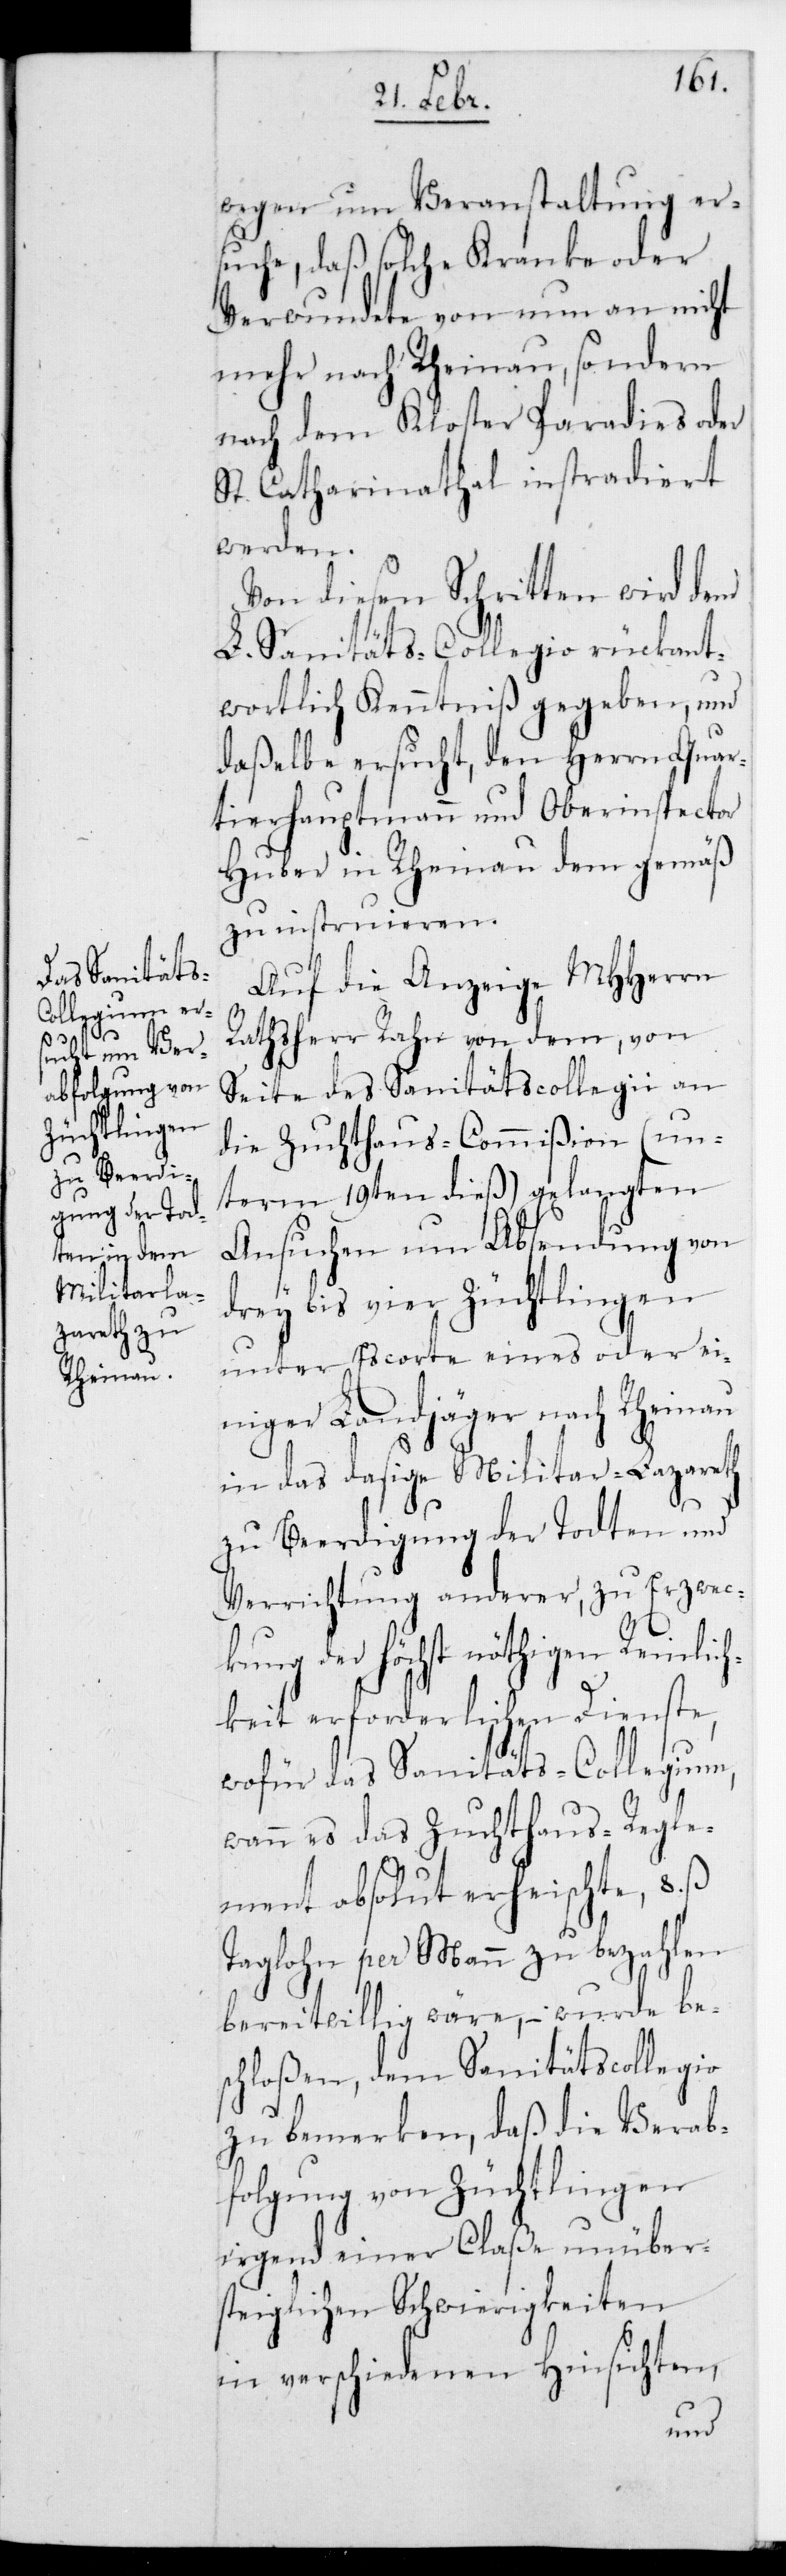
wegen um Veranstaltung ers¬
uche, daß solche Kranke oder
Verwundete von nun an nicht
mehr nach Rheinau, sondern
nach dem Kloster Paradies oder
St. Catharinathal instradiert
werden.
Von diesen Schritten wird dem
L. Sanitäts-Collegio rückant¬
wortlich Kenntniß gegeben, und
daßelbe ersucht, den Herrn Quar¬
tierhauptmann und Oberinspector
Huber in Rheinau demgemäß
zu instruieren.
Auf die Anzeige MHHerrn
Rathsherr Rahn von dem, von
Seite des Sanitätscollegii an
die Zuchthaus-Commißion (un¬
term 19ten dieß) gelangten
Ansuchen um Absendung von
drey bis vier Züchtlingen
unter Escorte eines oder ei¬
niger Landjäger nach Rheinau
in das dasige Militar-Lazareth
zu Beerdigung der Todten und
Verrichtung anderer, zu Erzweck¬
ung der höchst nöthigen Reinlic¬
hkeit erforderlichen Dienste,
wofür das Sanitäts-Collegium,
wann es das Zuchthaus-Regle¬
ment absolut erheischte, 8. ß
Taglohn per Mann zu bezahlen
bereitwillig wäre, – wurde be¬
schloßen, dem Sanitätscollegio
zu bemerken, daß die Verab¬
folgung von Züchtlingen
irgend einer Claße unüber¬
steiglichen Schwierigkeiten
in verschiedenen Hinsichten,